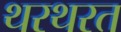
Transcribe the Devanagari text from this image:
थरथरत